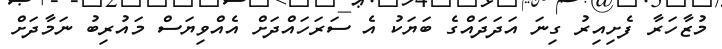
މުޒާހަރާ ފެށިއިރު ގިނަ އަދަދައްގެ ބަޔަކު އެ ސަރަހައްދަށް އެއްވިޔަސް މައުރިބު ނަމާދަށް